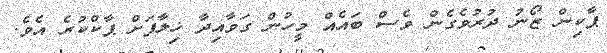
ޕާކިން ޒޯނު ދުރުވެގެން ވެސް ބައެއް މީހުން ގަވާއިދާ ޚިލާފަށް ޕާކްކުރެ އެވެ.